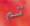
تم